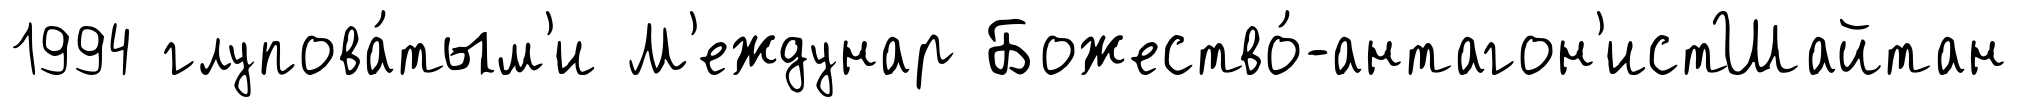
1994 глупова́тым'и М'еждунар Божество́-антагон'истШайтан